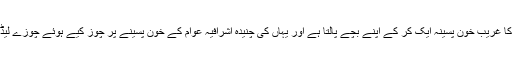
ہمارے ہاں کا غریب خون پسینہ ایک کر کے اپنے بچے پالتا ہے اور یہاں کی چنیدہ اشرافیہ عوام کے خون پسینے پر چوز کیے ہوئے چوزے لیڈر بناتی ہے۔